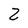
Character: Z